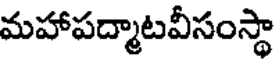
మహాపద్మాటవీసంస్థా